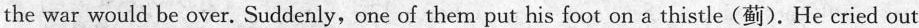
the war would be over. Suddenly,one of them put his foot on a thistle (蓟).He cried out